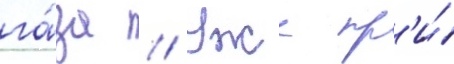
га́за // Уже пр'и́